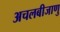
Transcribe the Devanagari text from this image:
अचलबीजाणु